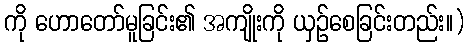
ကို ဟောတော်မူခြင်း၏ အကျိုးကို ယှဉ်စေခြင်းတည်း။)